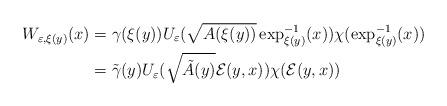
LaTeX: \begin{align*}W_{\varepsilon,\xi(y)}(x) & =\gamma(\xi(y))U_{\varepsilon}(\sqrt{A(\xi(y))}\exp_{\xi(y)}^{-1}(x))\chi(\exp_{\xi(y)}^{-1}(x))\\& =\tilde{\gamma}(y)U_{\varepsilon}(\sqrt{\tilde{A}(y)}\mathcal{E}(y,x))\chi(\mathcal{E}(y,x))\end{align*}